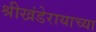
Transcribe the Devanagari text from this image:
श्रीखंडेरायाच्या